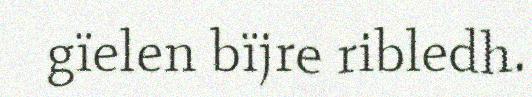
gïelen bïjre ribledh.